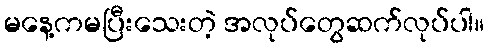
မနေ့ကမပြီးသေးတဲ့ အလုပ်တွေဆက်လုပ်ပါ။